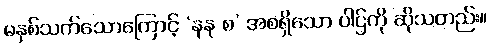
မနှစ်သက်သောကြောင့် ‘နနု စ’ အစရှိသော ပါဌ်ကို ဆိုသတည်း။